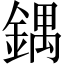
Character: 鍝